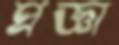
প্রজ্ঞা